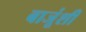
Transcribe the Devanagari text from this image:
बाजूंशी